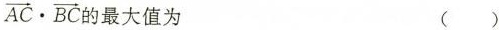
$$\overrightarrow{AC}\cdot \overrightarrow{BC}$$ 的最大值为 ()